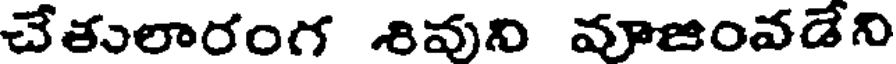
చేతులారంగ శివుని వూజంవడేని